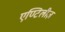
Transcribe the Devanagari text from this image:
एण्टिलीज़